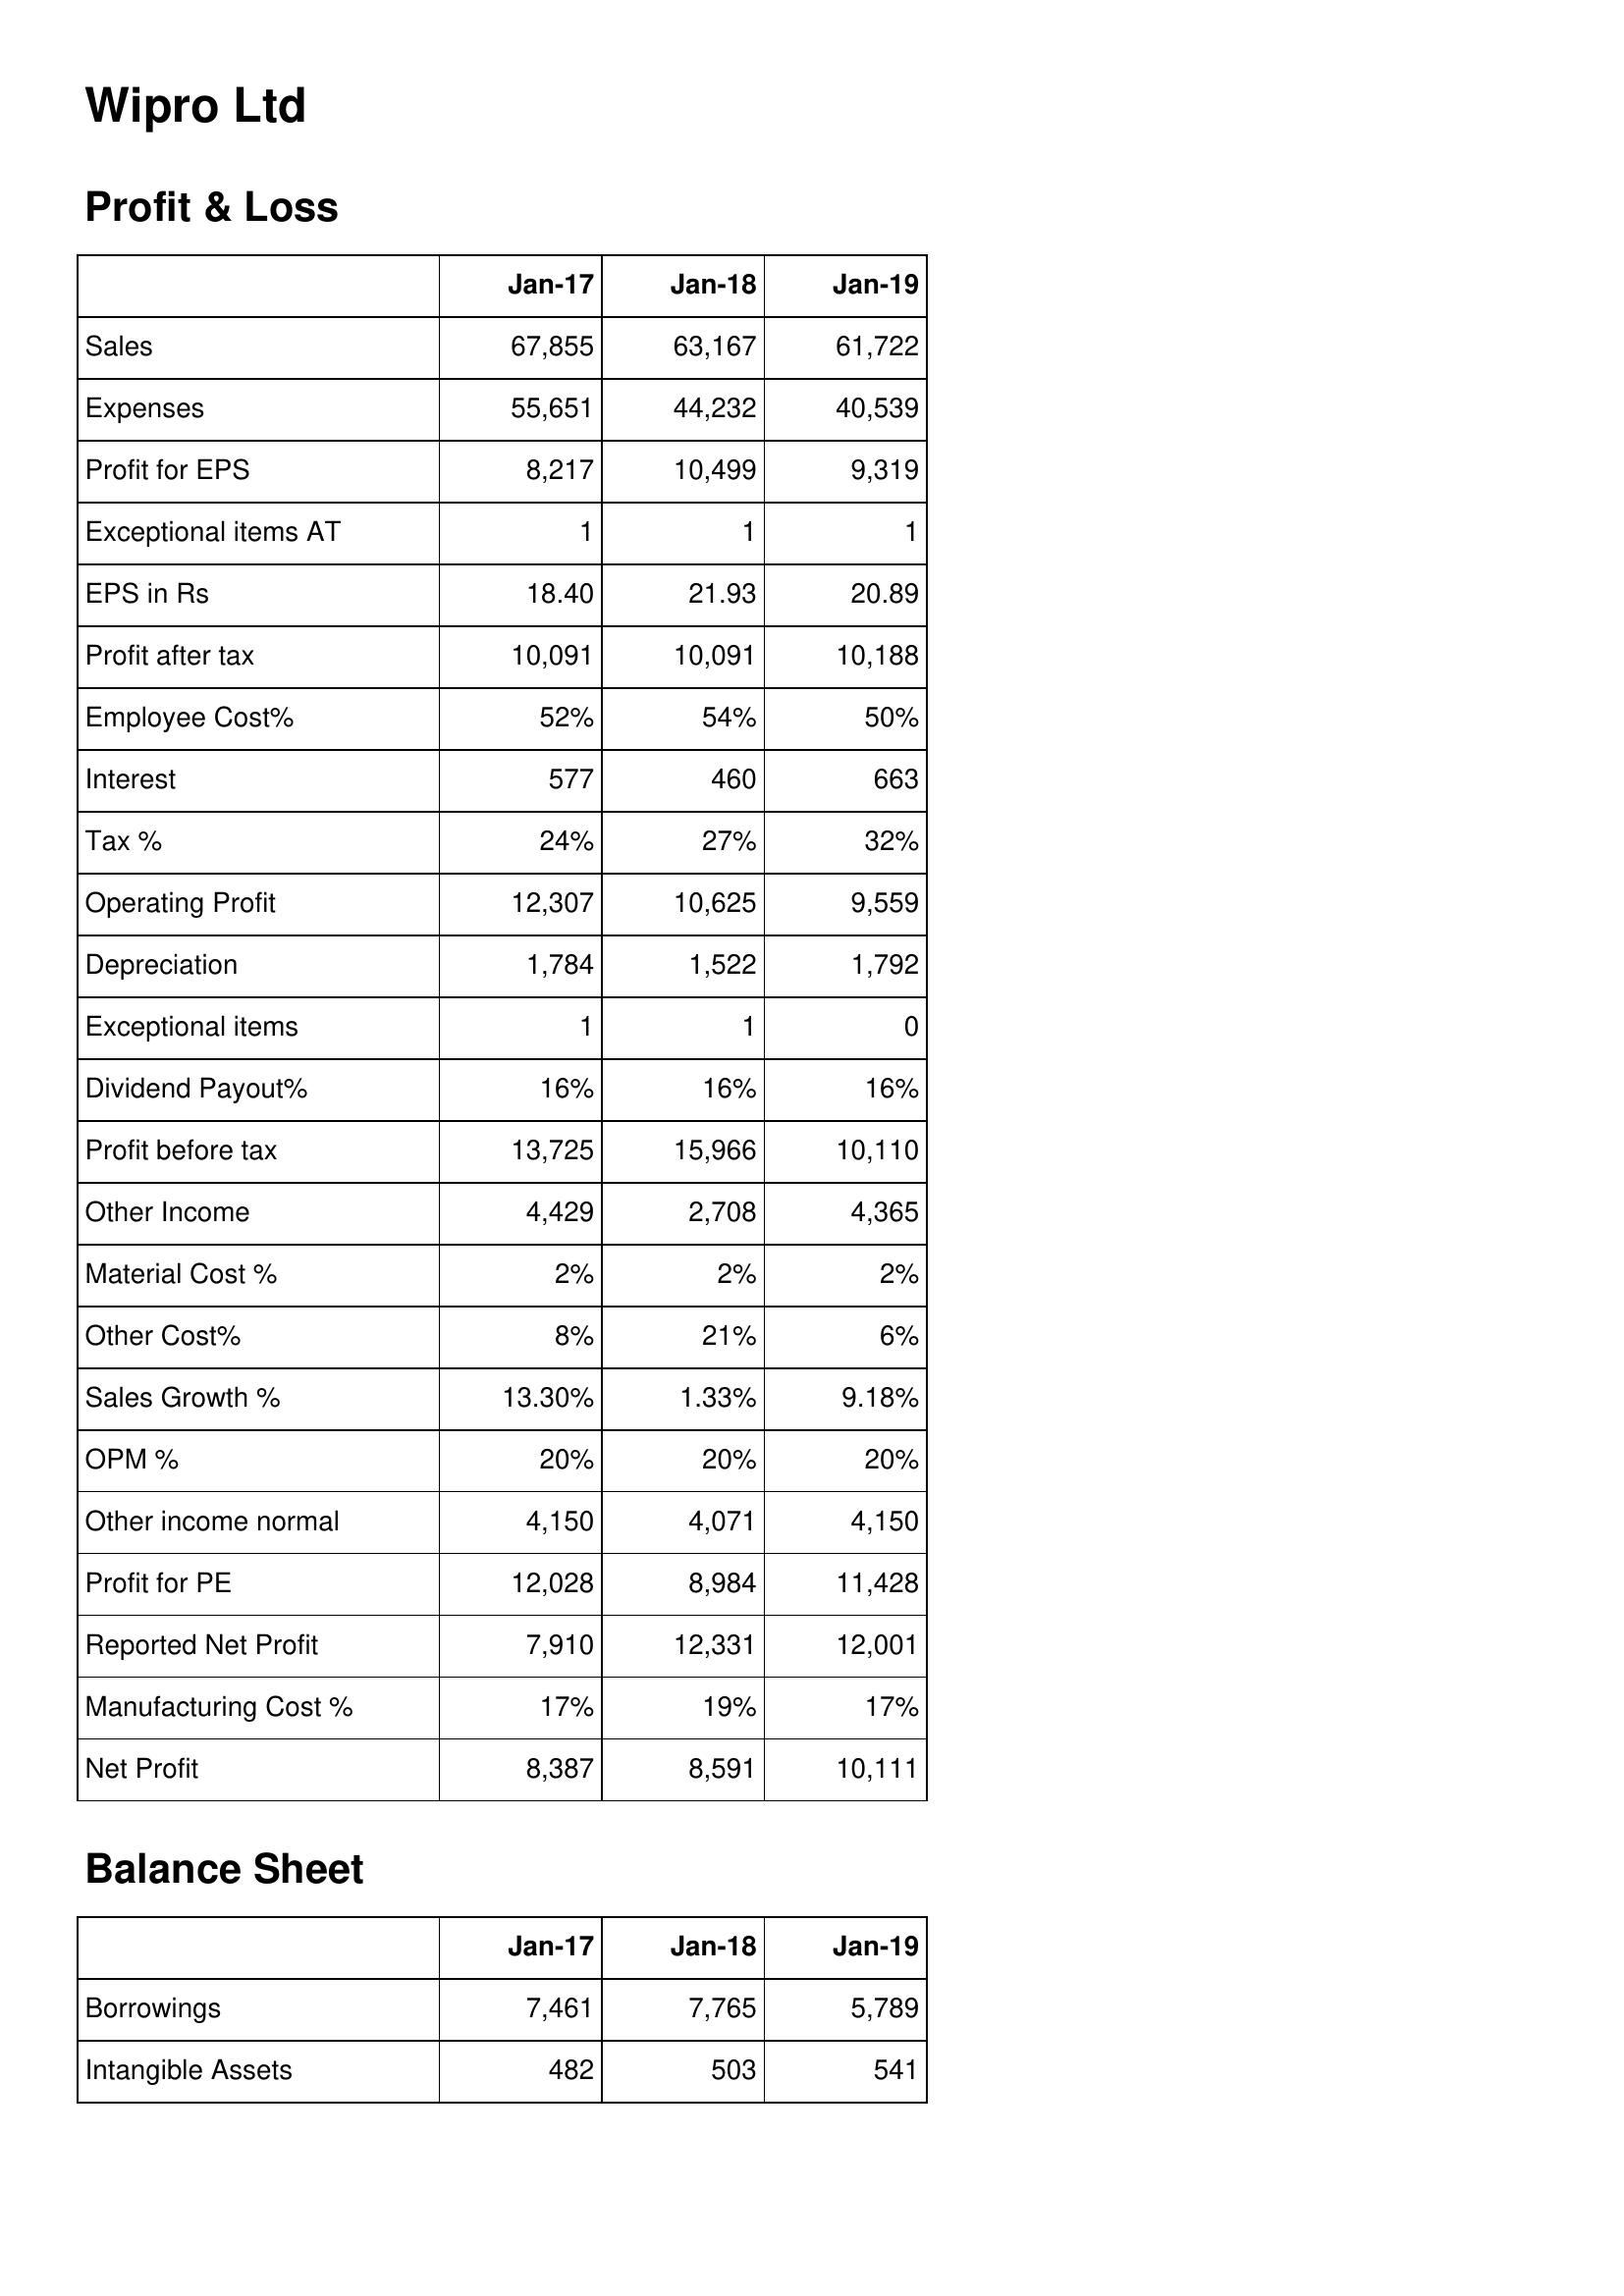
Jan-17: Profit & Loss: Sales: 67,855
Expenses: 55,651
Profit for EPS: 8,217
Exceptional items AT: 1
EPS in Rs: 18.40
Profit after tax: 10,091
Employee Cost%: 52%
Interest: 577
Tax %: 24%
Operating Profit: 12,307
Depreciation: 1,784
Exceptional items: 1
Dividend Payout%: 16%
Profit before tax: 13,725
Other Income: 4,429
Material Cost %: 2%
Other Cost%: 8%
Sales Growth %: 13.30%
OPM %: 20%
Other income normal: 4,150
Profit for PE: 12,028
Reported Net Profit: 7,910
Manufacturing Cost %: 17%
Net Profit: 8,387
Balance Sheet: Borrowings: 7,461
Intangible Assets: 482
Jan-18: Profit & Loss: Sales: 63,167
Expenses: 44,232
Profit for EPS: 10,499
Exceptional items AT: 1
EPS in Rs: 21.93
Profit after tax: 10,091
Employee Cost%: 54%
Interest: 460
Tax %: 27%
Operating Profit: 10,625
Depreciation: 1,522
Exceptional items: 1
Dividend Payout%: 16%
Profit before tax: 15,966
Other Income: 2,708
Material Cost %: 2%
Other Cost%: 21%
Sales Growth %: 1.33%
OPM %: 20%
Other income normal: 4,071
Profit for PE: 8,984
Reported Net Profit: 12,331
Manufacturing Cost %: 19%
Net Profit: 8,591
Balance Sheet: Borrowings: 7,765
Intangible Assets: 503
Jan-19: Profit & Loss: Sales: 61,722
Expenses: 40,539
Profit for EPS: 9,319
Exceptional items AT: 1
EPS in Rs: 20.89
Profit after tax: 10,188
Employee Cost%: 50%
Interest: 663
Tax %: 32%
Operating Profit: 9,559
Depreciation: 1,792
Exceptional items: 0
Dividend Payout%: 16%
Profit before tax: 10,110
Other Income: 4,365
Material Cost %: 2%
Other Cost%: 6%
Sales Growth %: 9.18%
OPM %: 20%
Other income normal: 4,150
Profit for PE: 11,428
Reported Net Profit: 12,001
Manufacturing Cost %: 17%
Net Profit: 10,111
Balance Sheet: Borrowings: 5,789
Intangible Assets: 541